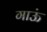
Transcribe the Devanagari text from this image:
गाऊं